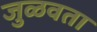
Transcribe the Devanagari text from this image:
जुळवता